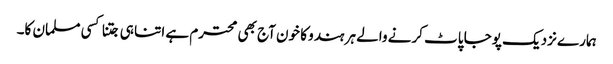
ہمارے نزدیک پوجا پاٹ کرنے والے ہر ہندو کا خون آج بھی محترم ہے اتنا ہی جتنا کسی مسلمان کا۔